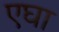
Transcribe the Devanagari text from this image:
एघा